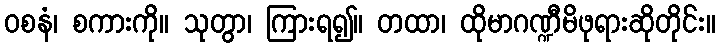
ဝစနံ၊ စကားကို။ သုတွာ၊ ကြားရ၍။ တထာ၊ ထိုမာဂဏ္ဍီမိဖုရားဆိုတိုင်း။